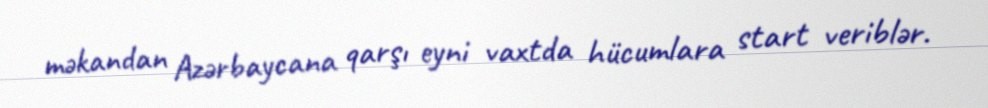
məkandan Azərbaycana qarşı eyni vaxtda hücumlara start veriblər.